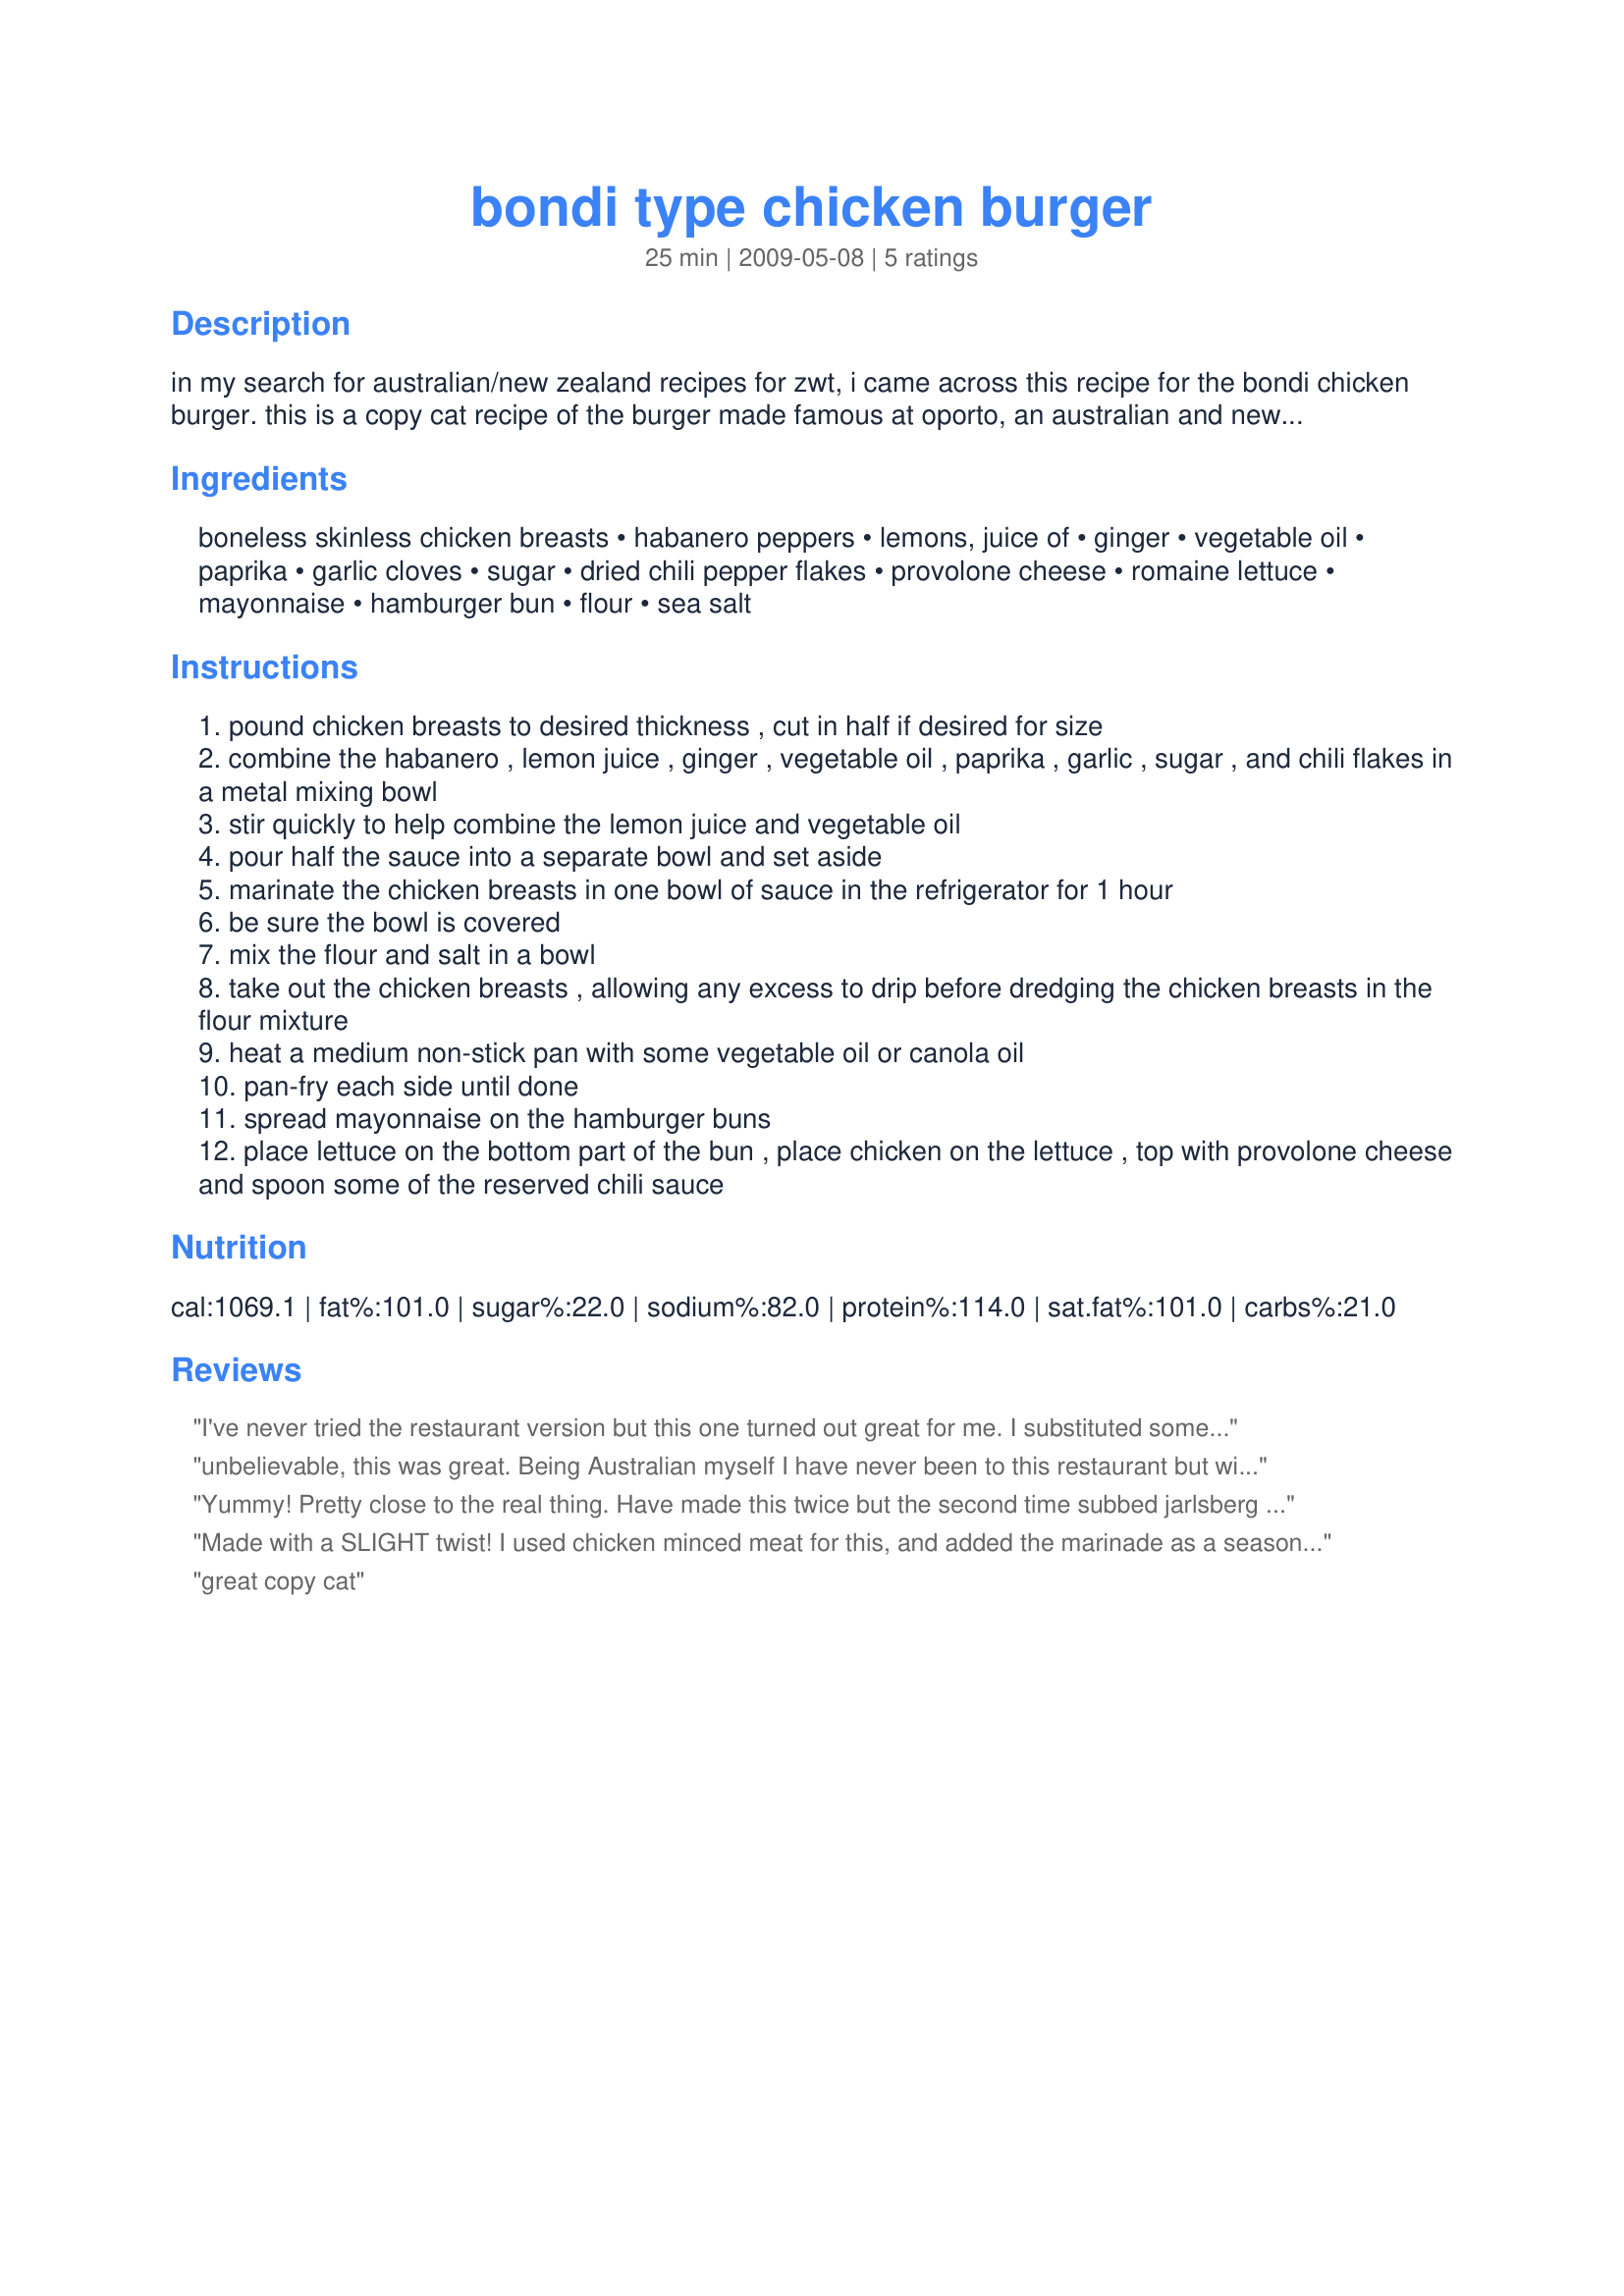
bondi type chicken burger
Preparation time: 25 minutes

in my search for australian/new zealand recipes for zwt, i came across this recipe for the bondi chicken burger. this is a copy cat recipe of the burger made famous at oporto, an australian and new zealand restaurant of portuguese influenced foods. time does not include marinating.

Ingredients:
boneless skinless chicken breasts, habanero peppers, lemons, juice of, ginger, vegetable oil, paprika, garlic cloves, sugar, dried chili pepper flakes, provolone cheese, romaine lettuce, mayonnaise, hamburger bun, flour, sea salt

Steps:
pound chicken breasts to desired thickness , cut in half if desired for size
combine the habanero , lemon juice , ginger , vegetable oil , paprika , garlic , sugar , and chili flakes in a metal mixing bowl
stir quickly to help combine the lemon juice and vegetable oil
pour half the sauce into a separate bowl and set aside
marinate the chicken breasts in one bowl of sauce in the refrigerator for 1 hour
be sure the bowl is covered
mix the flour and salt in a bowl
take out the chicken breasts , allowing any excess to drip before dredging the chicken breasts in the flour mixture
heat a medium non-stick pan with some vegetable oil or canola oil
pan-fry each side until done
spread mayonnaise on the hamburger buns
place lettuce on the bottom part of the bun , place chicken on the lettuce , top with provolone cheese and spoon some of the reserved chili sauce

Reviews:
I've never tried the restaurant version but this one turned out great for me. I substituted some jalapeÃ±o for the habanero because that's what I had on hand. Will be making this one again, maybe next time I'll skip the flour and try them on the BBQ.
unbelievable, this was great. Being Australian myself I have never been to this restaurant but will now. I added a little parsley and coriander to the marinade which seemed to work really well.
Thank you for a great recipe.
Yummy! Pretty close to the real thing. Have made this twice but the second time subbed jarlsberg cheese with great results.
Made with a SLIGHT twist! I used chicken minced meat for this, and added the marinade as a seasoning, but NOT all of it! I really enjoyed this for a light lunch yesterday with salad on the side. Made for the Australia and New Zealand leg of ZWT5 for Whiners and Cheesers! Merci! FT:-)
great copy cat
